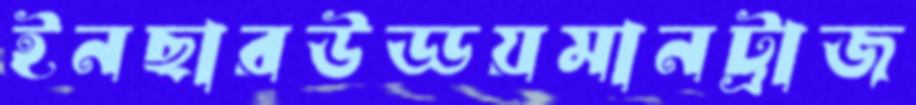
ইনছারউড্ডয়মানট্রাজ